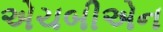
એચબીએન